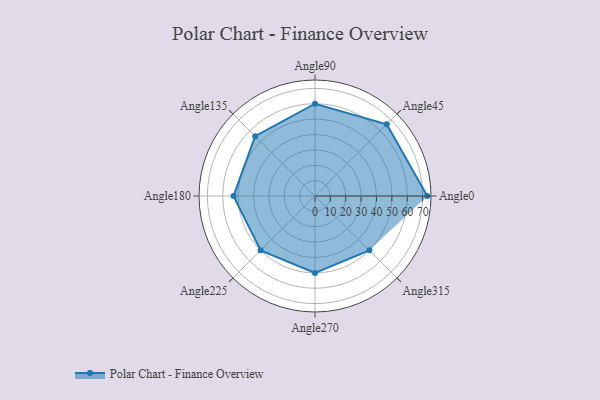
{"axis": {"x": "Angle", "y": "Radius"}, "legend": [""], "data": [{"x": "Angle0", "y": 73.0, "type": ""}, {"x": "Angle45", "y": 66.0, "type": ""}, {"x": "Angle90", "y": 60.0, "type": ""}, {"x": "Angle135", "y": 55.0, "type": ""}, {"x": "Angle180", "y": 53.0, "type": ""}, {"x": "Angle225", "y": 50, "type": ""}, {"x": "Angle270", "y": 50, "type": ""}, {"x": "Angle315", "y": 50, "type": ""}]}